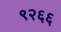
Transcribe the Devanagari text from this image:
९२६६